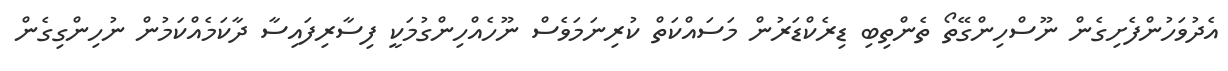
އެދުވަހުންފެށިގެން ނޫސްހިންގޭތޯ ތެންތިބި ޑިރެކްޑަރުން މަސައްކަތް ކުރިނަމަވެސް ނޫހެއްހިންގުމަކީ ފިސާރިފައިސާ ދާކަމެއްކަމުން ނުހިންގިގެން